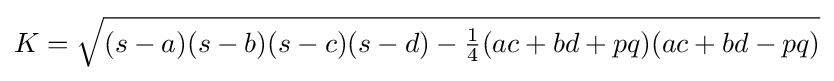
K={\sqrt {(s-a)(s-b)(s-c)(s-d)-\textstyle {1 \over 4}(ac+bd+pq)(ac+bd-pq)}}